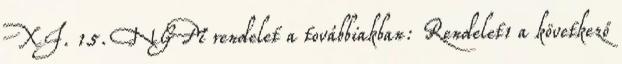
XI. 15. NGM rendelet a továbbiakban: Rendelet1 a következő